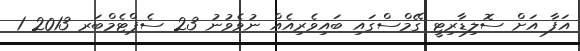
އަފާ އަށް ސޮލިޑާރިޓީ ގޭމްސްގައި ބައިވެރިއެއް ނުވެވުނު 23 ސެޕްޓެމްބަރ 2013 1